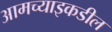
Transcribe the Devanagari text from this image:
आमच्याइकडील